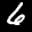
Label: 6